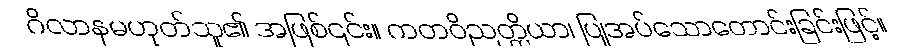
ဂိလာနမဟုတ်သူ၏ အဖြစ်၎င်း။ ကတဝိညတ္တိယာ၊ ပြုအပ်သောတောင်းခြင်းဖြင့်။